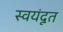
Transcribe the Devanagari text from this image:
स्वयंदूत